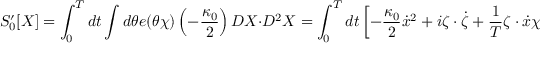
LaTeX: S _ { 0 } ^ { \prime } [ X ] = \int _ { 0 } ^ { T } d t \int d \theta e ( \theta \chi ) \left( - \frac { \kappa _ { 0 } } { 2 } \right) D X \cdot D ^ { 2 } X = \int _ { 0 } ^ { T } d t \left[ - \frac { \kappa _ { 0 } } { 2 } \dot { x } ^ { 2 } + i \zeta \cdot \dot { \zeta } + \frac { 1 } { T } \zeta \cdot \dot { x } \chi \right] .